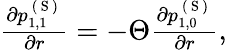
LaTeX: \begin{array}{r}{\frac{\partial p_{1,1}^{\mathrm{~(~S~)~}}}{\partial r}=-\Theta\frac{\partial p_{1,0}^{\mathrm{~(~S~)~}}}{\partial r},}\end{array}